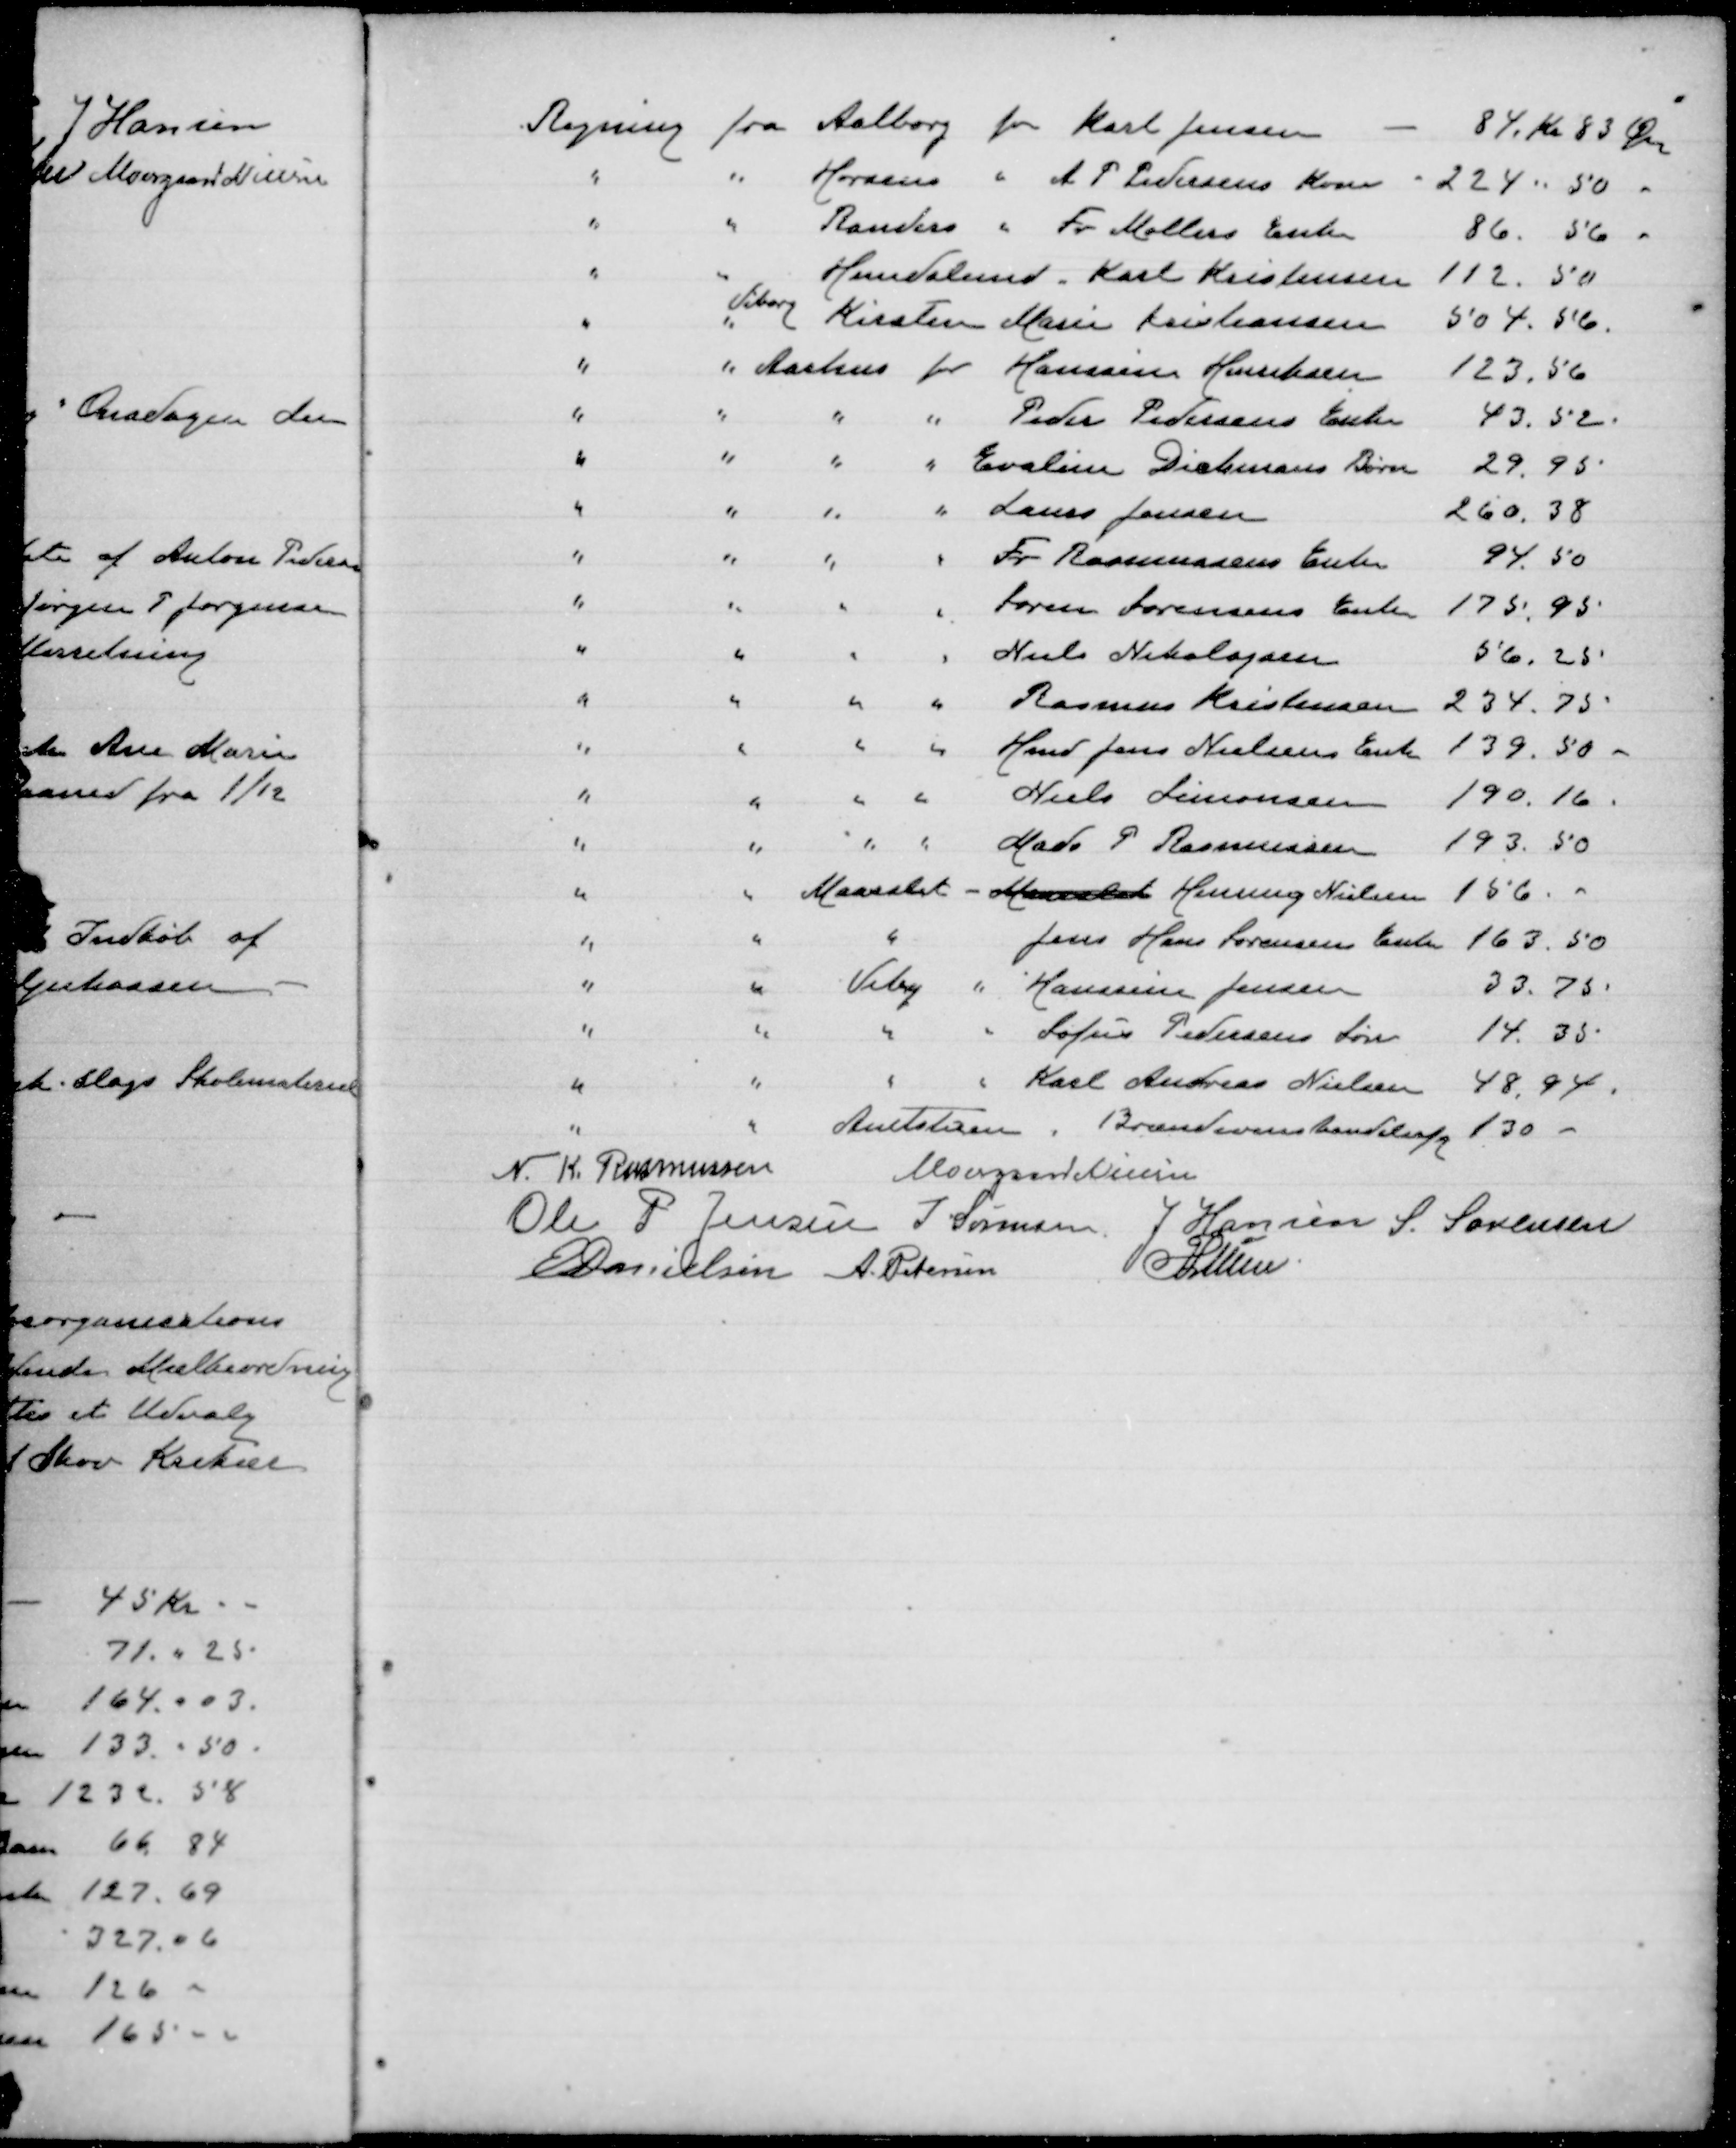
Transskription:
N.K. Rasmussen
Moesgaard Nielsen
Ole P. Jensen
J Sørensen
J Hansen
S. Sørensen
E Danielsen
A Petersen
P Lunn